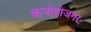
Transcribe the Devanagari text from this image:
कपोतोजगरः